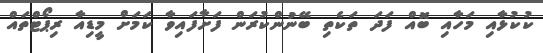
ކުކުޅާއި މަހާއި ބޮއް ފަދަ ތަކެތި ބޭނުންކުރަން ފަށާފައިވާ ކަމަށް މީޑިއާ ރިޕޯޓްތައް